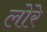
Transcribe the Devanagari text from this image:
लोरे